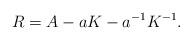
LaTeX: \begin{align*}R = A - aK - a^{-1} K^{-1}.\end{align*}